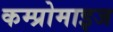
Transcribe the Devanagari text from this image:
कम्प्रोमाइज